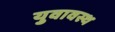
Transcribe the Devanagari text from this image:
युवावस्थ